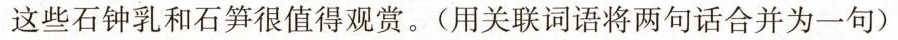
这些石钟乳和石笋很值得观赏。(用关联词语将两句话合并为一句)